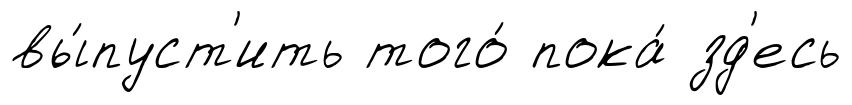
вы́пуст'ить того́ пока́ зд'есь